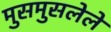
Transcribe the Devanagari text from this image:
मुसमुसलेले